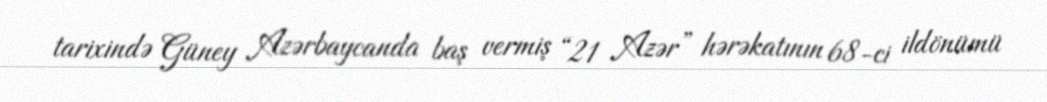
tarixində Güney Azərbaycanda baş vermiş “21 Azər” hərəkatının 68-ci ildönümü